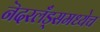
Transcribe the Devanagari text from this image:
नॆदरलँड्समध्येच